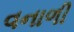
વનાળી